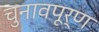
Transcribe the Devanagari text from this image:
चुनावपूर्ण